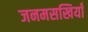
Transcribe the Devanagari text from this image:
जनमसखियाँ